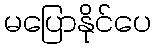
မပြောနိုင်ပေ